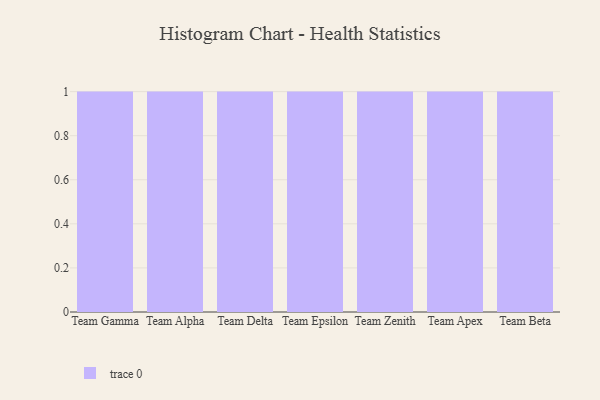
{"axis": {"x": "Team", "y": "LTV (USD)"}, "legend": [""], "data": [{"x": "Team Gamma", "y": 53, "type": ""}, {"x": "Team Alpha", "y": 22, "type": ""}, {"x": "Team Delta", "y": 37, "type": ""}, {"x": "Team Epsilon", "y": 59, "type": ""}, {"x": "Team Zenith", "y": 1, "type": ""}, {"x": "Team Apex", "y": 29, "type": ""}, {"x": "Team Beta", "y": 98, "type": ""}]}